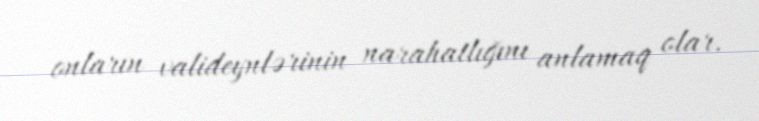
onların valideynlərinin narahatlığını anlamaq olar.